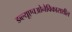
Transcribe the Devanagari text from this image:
डब्‍ल्‍यूएचओनेविकासशील